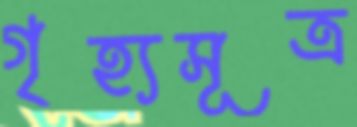
গৃহ্যসূত্র